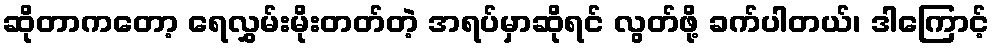
ဆိုတာကတော့ ရေလွှမ်းမိုးတတ်တဲ့ အရပ်မှာဆိုရင် လွတ်ဖို့ ခက်ပါတယ်၊ ဒါကြောင့်